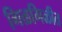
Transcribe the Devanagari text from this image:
गिळगिळीत